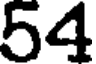
54